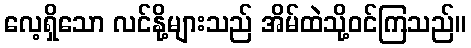
လေ့ရှိသော လင်နို့များသည် အိမ်ထဲသို့ဝင်ကြသည်။